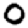
Digit: 0